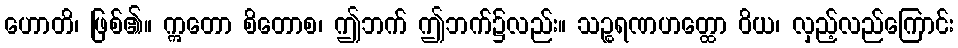
ဟောတိ၊ ဖြစ်၏။ ဣတော စိတောစ၊ ဤဘက် ဤဘက်၌လည်း။ သဉ္စရဏဟတ္ထော ဝိယ၊ လှည့်လည်ကြောင်း